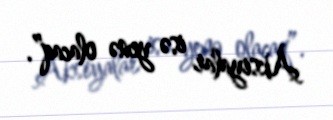
Aksiyalar isə yenə olacaq”.